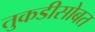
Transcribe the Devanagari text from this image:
तुकडीसोबत